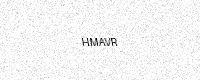
Text: HMAVR